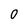
Character: 0